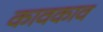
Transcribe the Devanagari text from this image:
कावकाव